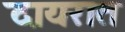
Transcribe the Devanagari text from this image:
दायरात